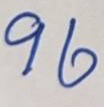
96